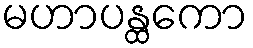
မဟာပန္ထကော